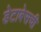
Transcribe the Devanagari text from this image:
डेटाबेसची